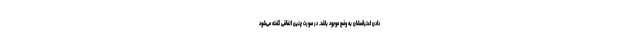
دادن اعتراضشان به وضع موجود باشد. در صورت چنین اتفاقی گفته می‌شود